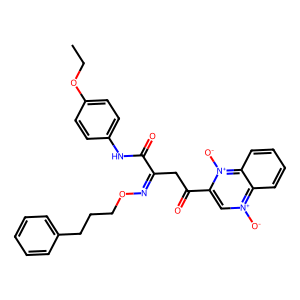
SMILES: CCOc1ccc(NC(=O)C(CC(=O)c2c[n+]([O-])c3ccccc3[n+]2[O-])=NOCCCc2ccccc2)cc1
Inhibits HIV replication: No